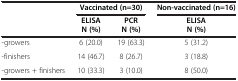
|  | <COLSPAN=2> Vaccinated (n=30) | Non-vaccinated (n=16) |
 |  | ELISA | PCR | ELISA |
 |  | N (%) | N (%) | N (%) |
 | --- | --- | --- | --- |
 | -growers | 6 (20.0) | 19 (63.3) | 5 (31.2) |
 | -finishers | 14 (46.7) | 8 (26.7) | 3 (18.8) |
 | -growers + finishers | 10 (33.3) | 3 (10.0) | 8 (50.0) |